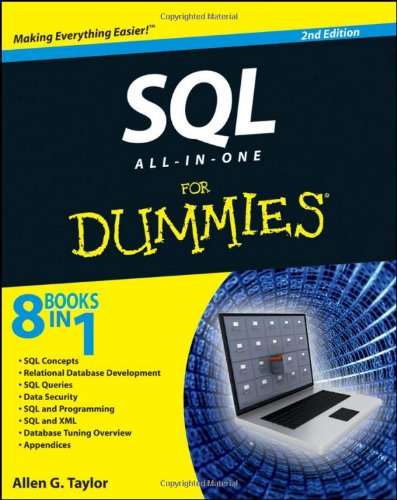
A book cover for SQL All-in-One For Dummies; Allen G. Taylor; Computers & Technology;